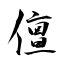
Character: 儃